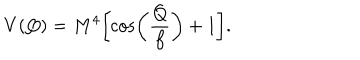
V ( Q ) = M ^ { 4 } \biggl [ \cos \biggl ( \frac { Q } { f } \biggr ) + 1 \biggr ] .